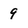
Character: 9